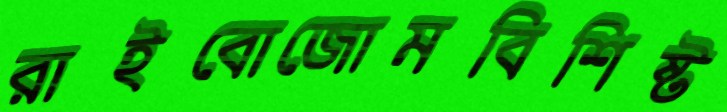
রাইবোজোমবিশিষ্ট